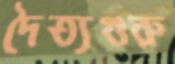
দৈত্যগুরু